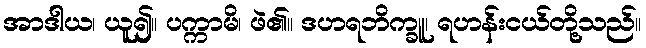
အာဒါယ၊ ယူ၍။ ပက္ကာမိ၊ ဖဲ၏။ ဒဟရဘိက္ခူ၊ ရဟန်းငယ်တို့သည်။